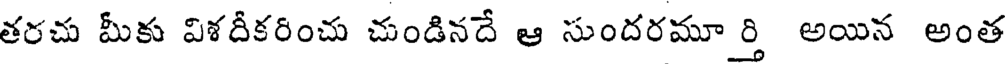
తరచు మీకు విశదీకరించు చుండినదే ఆ సుందరమూ ర్తి అయిన అంత